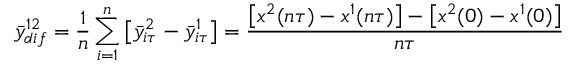
\bar { y } _ { d i f } ^ { 1 2 } = \frac { 1 } { n } \sum _ { i = 1 } ^ { n } \left[ \bar { y } _ { i \tau } ^ { 2 } - \bar { y } _ { i \tau } ^ { 1 } \right] = \frac { { \left[ x ^ { 2 } ( n \tau ) - x ^ { 1 } ( n \tau ) \right] } - { \left[ x ^ { 2 } ( 0 ) - x ^ { 1 } ( 0 ) \right] } } { n \tau }